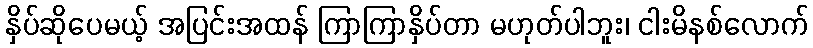
နှိပ်ဆိုပေမယ့် အပြင်းအထန် ကြာကြာနှိပ်တာ မဟုတ်ပါဘူး၊ ငါးမိနစ်လောက်